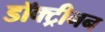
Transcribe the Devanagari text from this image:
डॉक्ट्रीनन